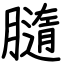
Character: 膸